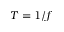
T = 1 / f